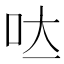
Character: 𭇃